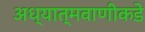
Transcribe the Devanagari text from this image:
अध्यात्मवाणीकडे